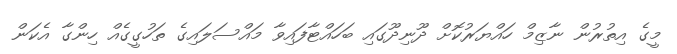
މީގެ އިތުުރުން ނާޒިމް ހައްޔަރުކޮށް ދޫނިދޫގައި ބަހައްޓާފައިވާ މައްސަލައިގެ ތަހުގީގެއް ހިންގާ އެކަން